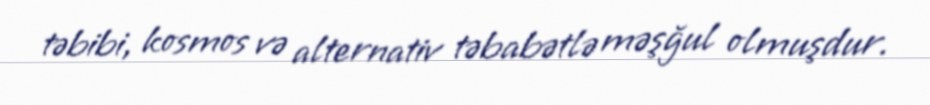
təbibi, kosmos və alternativ təbabətlə məşğul olmuşdur.